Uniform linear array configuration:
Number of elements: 64
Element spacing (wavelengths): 0.75
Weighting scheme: exponential
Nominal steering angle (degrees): -45
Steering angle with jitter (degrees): -46.537
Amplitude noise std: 0.05
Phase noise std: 0.05

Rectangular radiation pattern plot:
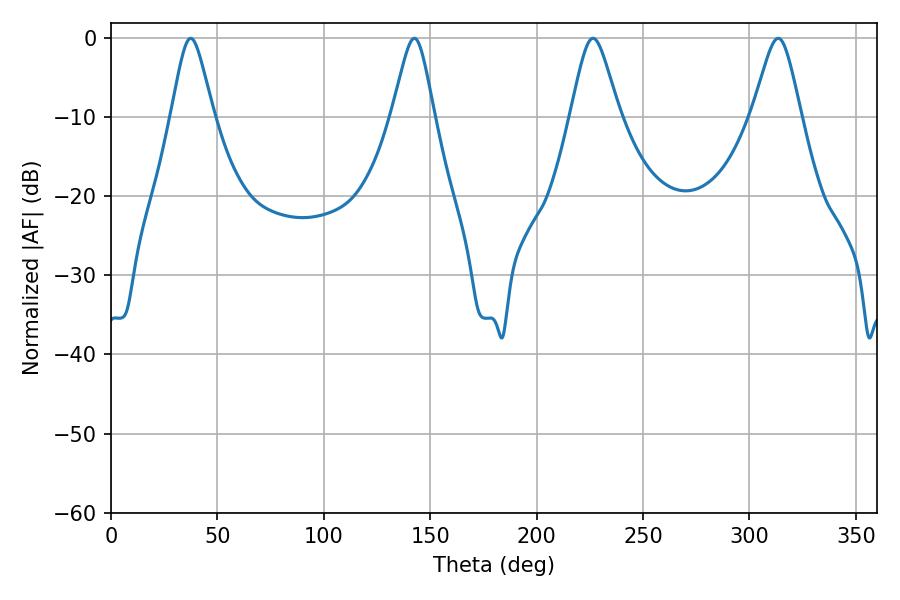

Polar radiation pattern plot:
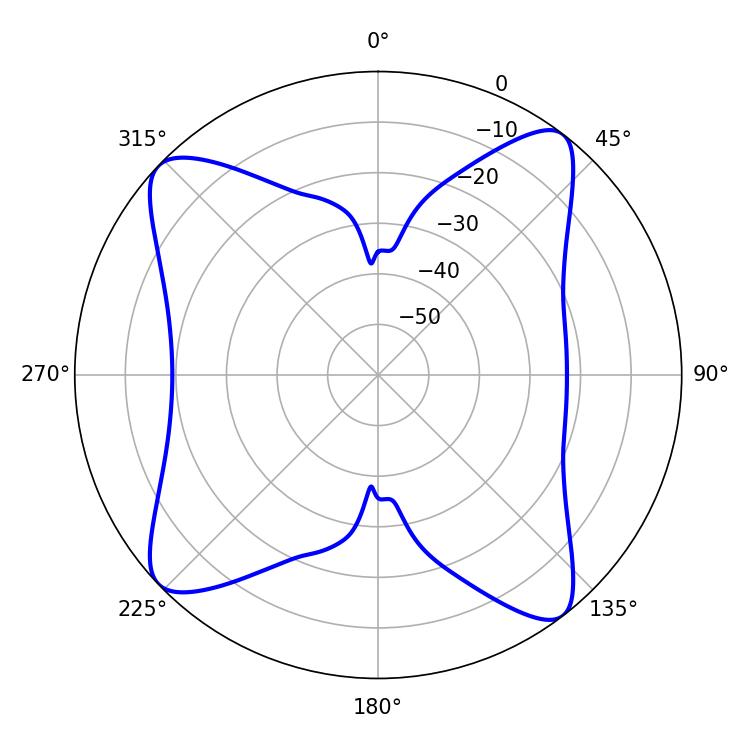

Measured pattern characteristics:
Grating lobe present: TRUE
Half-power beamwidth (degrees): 9.54
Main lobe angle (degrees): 37.44